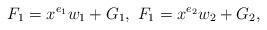
LaTeX: \begin{align*}F_1 = x^{e_1} w_1 + G_1, \ F_1 = x^{e_2} w_2 + G_2,\end{align*}